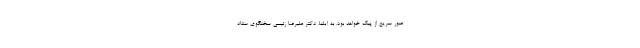
عبور سریع از پیک خواهد بود. به ایلنا، دکتر علیرضا رئیسی سخنگوی ستاد